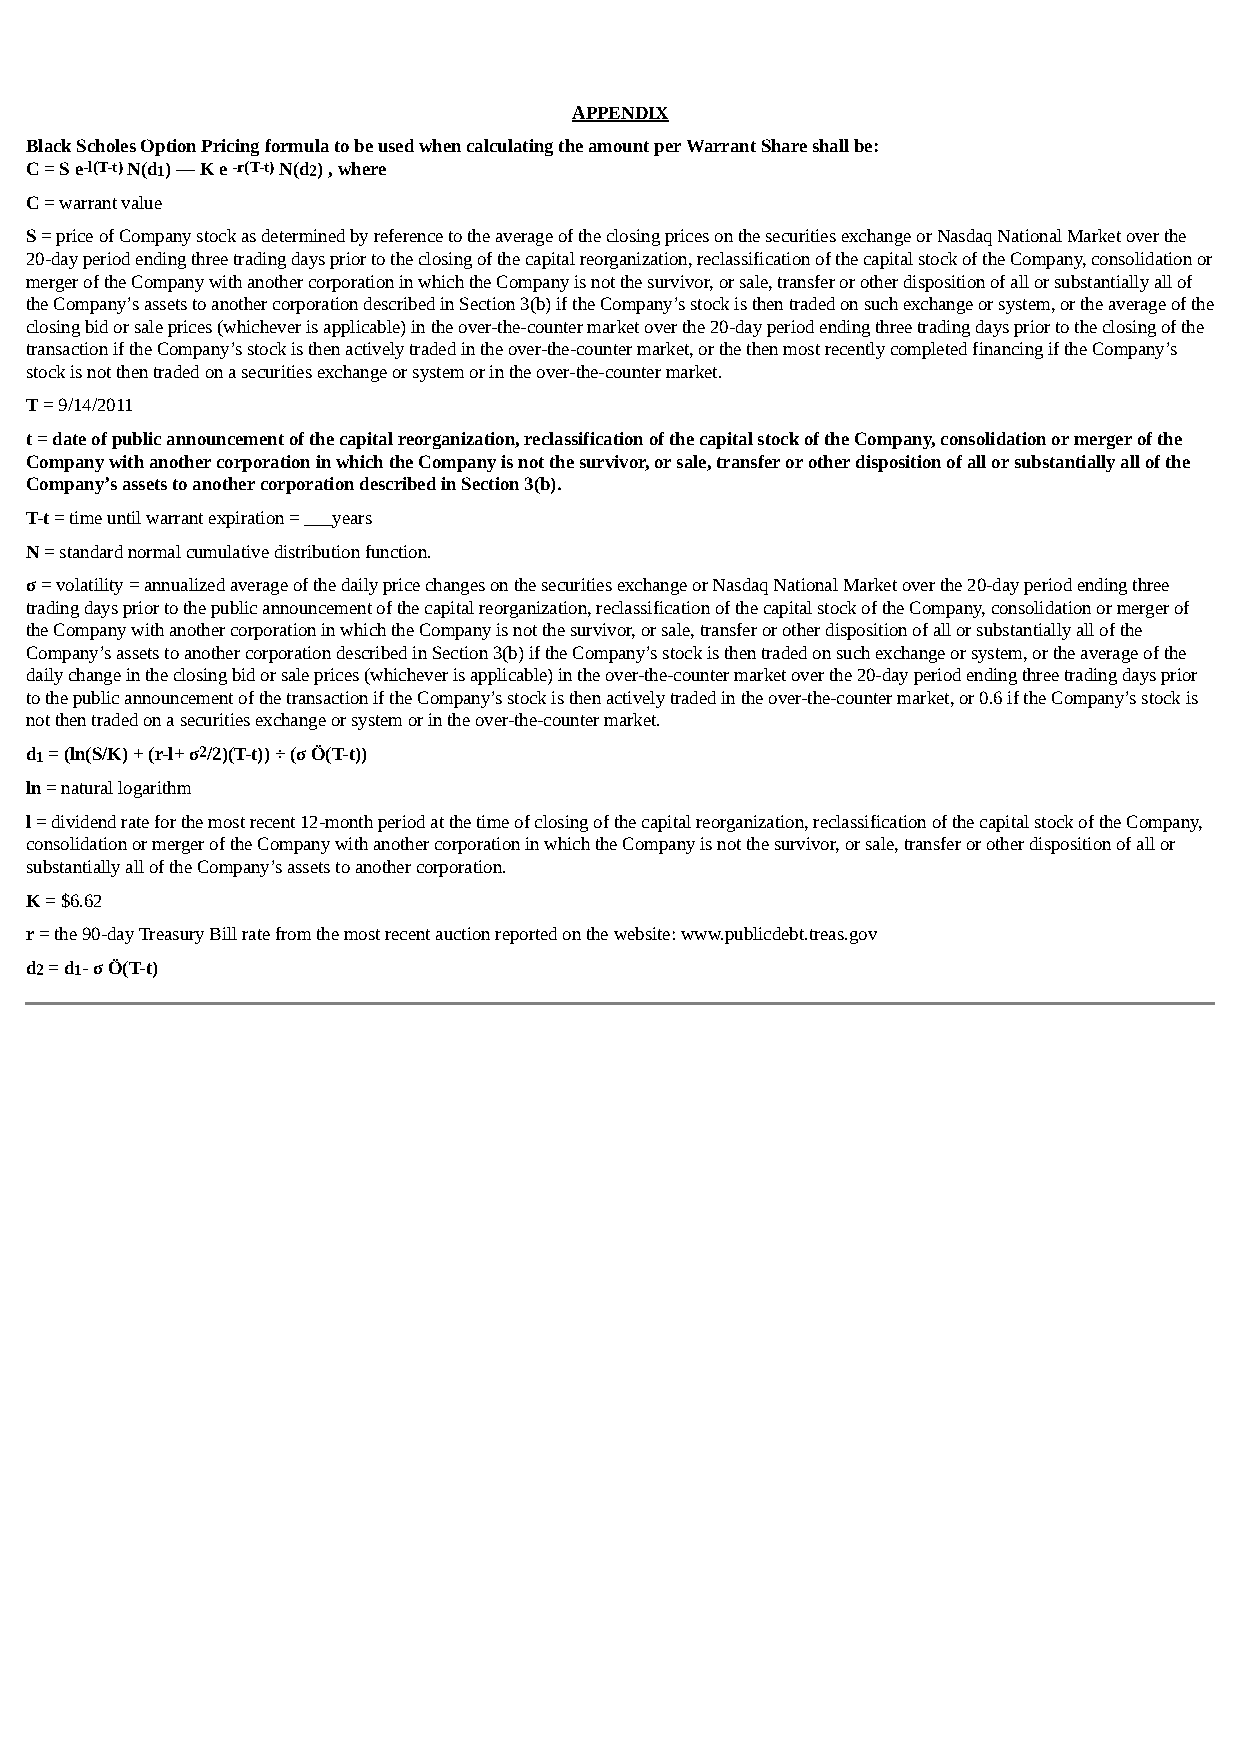
APPENDIX
 Black Scholes Option Pricing formula to be used when calculating the amount per Warrant Share shall be:
 C = S e-l(T-t) N(d1) — K e -r(T-t) N(d2) , where
 C = warrant value
 S = price of Company stock as determined by reference to the average of the closing prices on the securities exchange or Nasdaq National Market over the
 20-day period ending three trading days prior to the closing of the capital reorganization, reclassification of the capital stock of the Company, consolidation or
 merger of the Company with another corporation in which the Company is not the survivor, or sale, transfer or other disposition of all or substantially all of
 the Company’s assets to another corporation described in Section 3(b) if the Company’s stock is then traded on such exchange or system, or the average of the
 closing bid or sale prices (whichever is applicable) in the over-the-counter market over the 20-day period ending three trading days prior to the closing of the
 transaction if the Company’s stock is then actively traded in the over-the-counter market, or the then most recently completed financing if the Company’s
 stock is not then traded on a securities exchange or system or in the over-the-counter market.
 T = 9/14/2011
 t = date of public announcement of the capital reorganization, reclassification of the capital stock of the Company, consolidation or merger of the
 Company with another corporation in which the Company is not the survivor, or sale, transfer or other disposition of all or substantially all of the
 Company’s assets to another corporation described in Section 3(b).
 T-t = time until warrant expiration = ___years
 N = standard normal cumulative distribution function.
 σ = volatility = annualized average of the daily price changes on the securities exchange or Nasdaq National Market over the 20-day period ending three
 trading days prior to the public announcement of the capital reorganization, reclassification of the capital stock of the Company, consolidation or merger of
 the Company with another corporation in which the Company is not the survivor, or sale, transfer or other disposition of all or substantially all of the
 Company’s assets to another corporation described in Section 3(b) if the Company’s stock is then traded on such exchange or system, or the average of the
 daily change in the closing bid or sale prices (whichever is applicable) in the over-the-counter market over the 20-day period ending three trading days prior
 to the public announcement of the transaction if the Company’s stock is then actively traded in the over-the-counter market, or 0.6 if the Company’s stock is
 not then traded on a securities exchange or system or in the over-the-counter market.
 d1 = (ln(S/K) + (r-l+ σ2/2)(T-t)) ÷ (σ Ö(T-t))
 ln = natural logarithm
 l = dividend rate for the most recent 12-month period at the time of closing of the capital reorganization, reclassification of the capital stock of the Company,
 consolidation or merger of the Company with another corporation in which the Company is not the survivor, or sale, transfer or other disposition of all or
 substantially all of the Company’s assets to another corporation.
 K = $6.62
 r = the 90-day Treasury Bill rate from the most recent auction reported on the website: www.publicdebt.treas.gov
 d2 = d1- σ Ö(T-t)